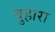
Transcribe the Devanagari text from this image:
बुहारा